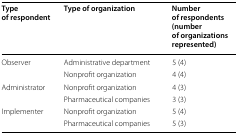
| Type of respondent | Type of organization | Number of respondents (number of organizations represented) |
 | --- | --- | --- |
 | <ROWSPAN=2> Observer | Administrative department | 5 (4) |
 | Nonprofit organization | 4 (4) |
 | <ROWSPAN=2> Administrator | Nonprofit organization | 4 (3) |
 | Pharmaceutical companies | 3 (3) |
 | <ROWSPAN=2> Implementer | Nonprofit organization | 5 (4) |
 | Pharmaceutical companies | 5 (3) |